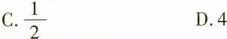
C.\frac{1}{2} D.4